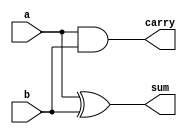
module halfAdderGateLevel (
    a, b, sum, carry
);

input a, b;
output sum, carry;

and g1(carry, a, b);
xor g2(sum, a, b);

endmodule

module halfAdderTestBench;
reg a, b;
wire sum, carry;
halfAdderGateLevel i(a, b, sum, carry);

initial begin
    a=1'b0;
    b=1'b0;

    $monitor("Time: %0t a=%b b=%b sum=%b carry=%b", $time, a, b, sum, carry);
    #5 a=1'b0; b=1'b0;
    #5 a=1'b0; b=1'b1;
    #5 a=1'b1; b=1'b0;
    #5 a=1'b1; b=1'b1;
end
endmodule